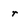
Character: r